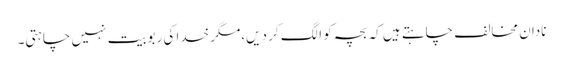
نادان مخالف چاہتے ہیں کہ بچہ کو الگ کر دیں،مگر خدا کی ربوبیت نہیں چاہتی۔